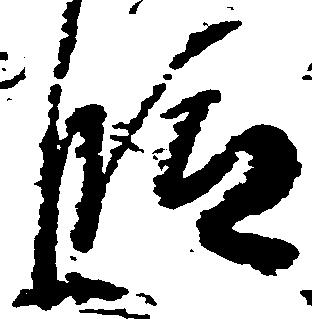
段